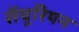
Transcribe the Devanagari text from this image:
सेंचूरियन